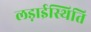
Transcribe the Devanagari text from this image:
लड़ाईस्थिति